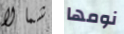
شمالا نومها